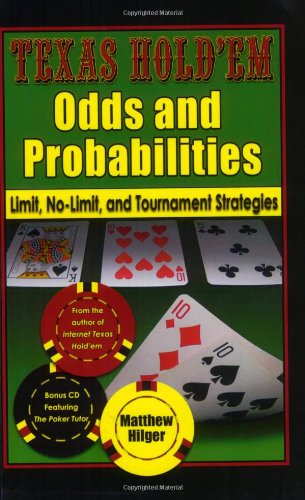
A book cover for Texas Hold'em Odds and Probabilities: Limit, No-Limit, and Tournament Strategies; Matthew Hilger; Humor & Entertainment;